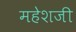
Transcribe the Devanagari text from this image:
महेशजी